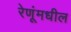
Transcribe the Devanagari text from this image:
रेणूंमधील